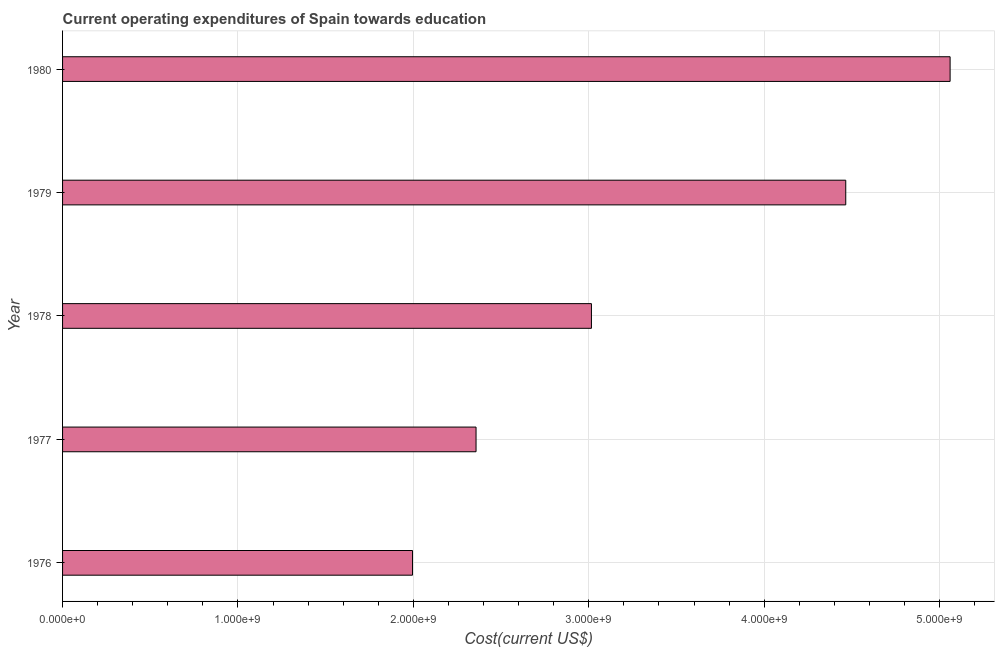
| Year | Education expenditure |
 | --- | --- |
 | 1976 | 1.99e+09 |
 | 1977 | 2.36e+09 |
 | 1978 | 3.01e+09 |
 | 1979 | 4.46e+09 |
 | 1980 | 5.06e+09 |